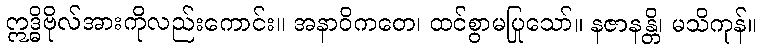
ဣဒ္ဓိဗိုလ်အားကိုလည်းကောင်း။ အနာဝိကတေ၊ ထင်စွာမပြုသော်။ နဇာနန္တိ၊ မသိကုန်။